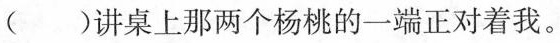
()讲桌上那两个杨桃的一端正对着我。